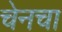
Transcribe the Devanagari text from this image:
चेनचा